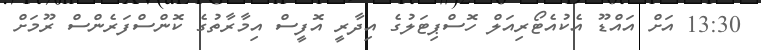
13:30 އަށް އައްޑޫ އެކުއެޓޯރިއަލް ހޮސްޕިޓަލުގެ އިދާރީ އޮފީސް އިމާރާތުގެ ކޮންސްފަރެންސް ރޫމަށް